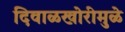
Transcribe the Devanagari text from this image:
दिवाळखोरीमुळे